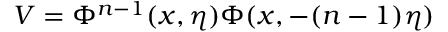
V = \Phi ^ { n - 1 } ( x , \eta ) \Phi ( x , - ( n - 1 ) \eta )